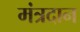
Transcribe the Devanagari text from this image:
मंत्रदान